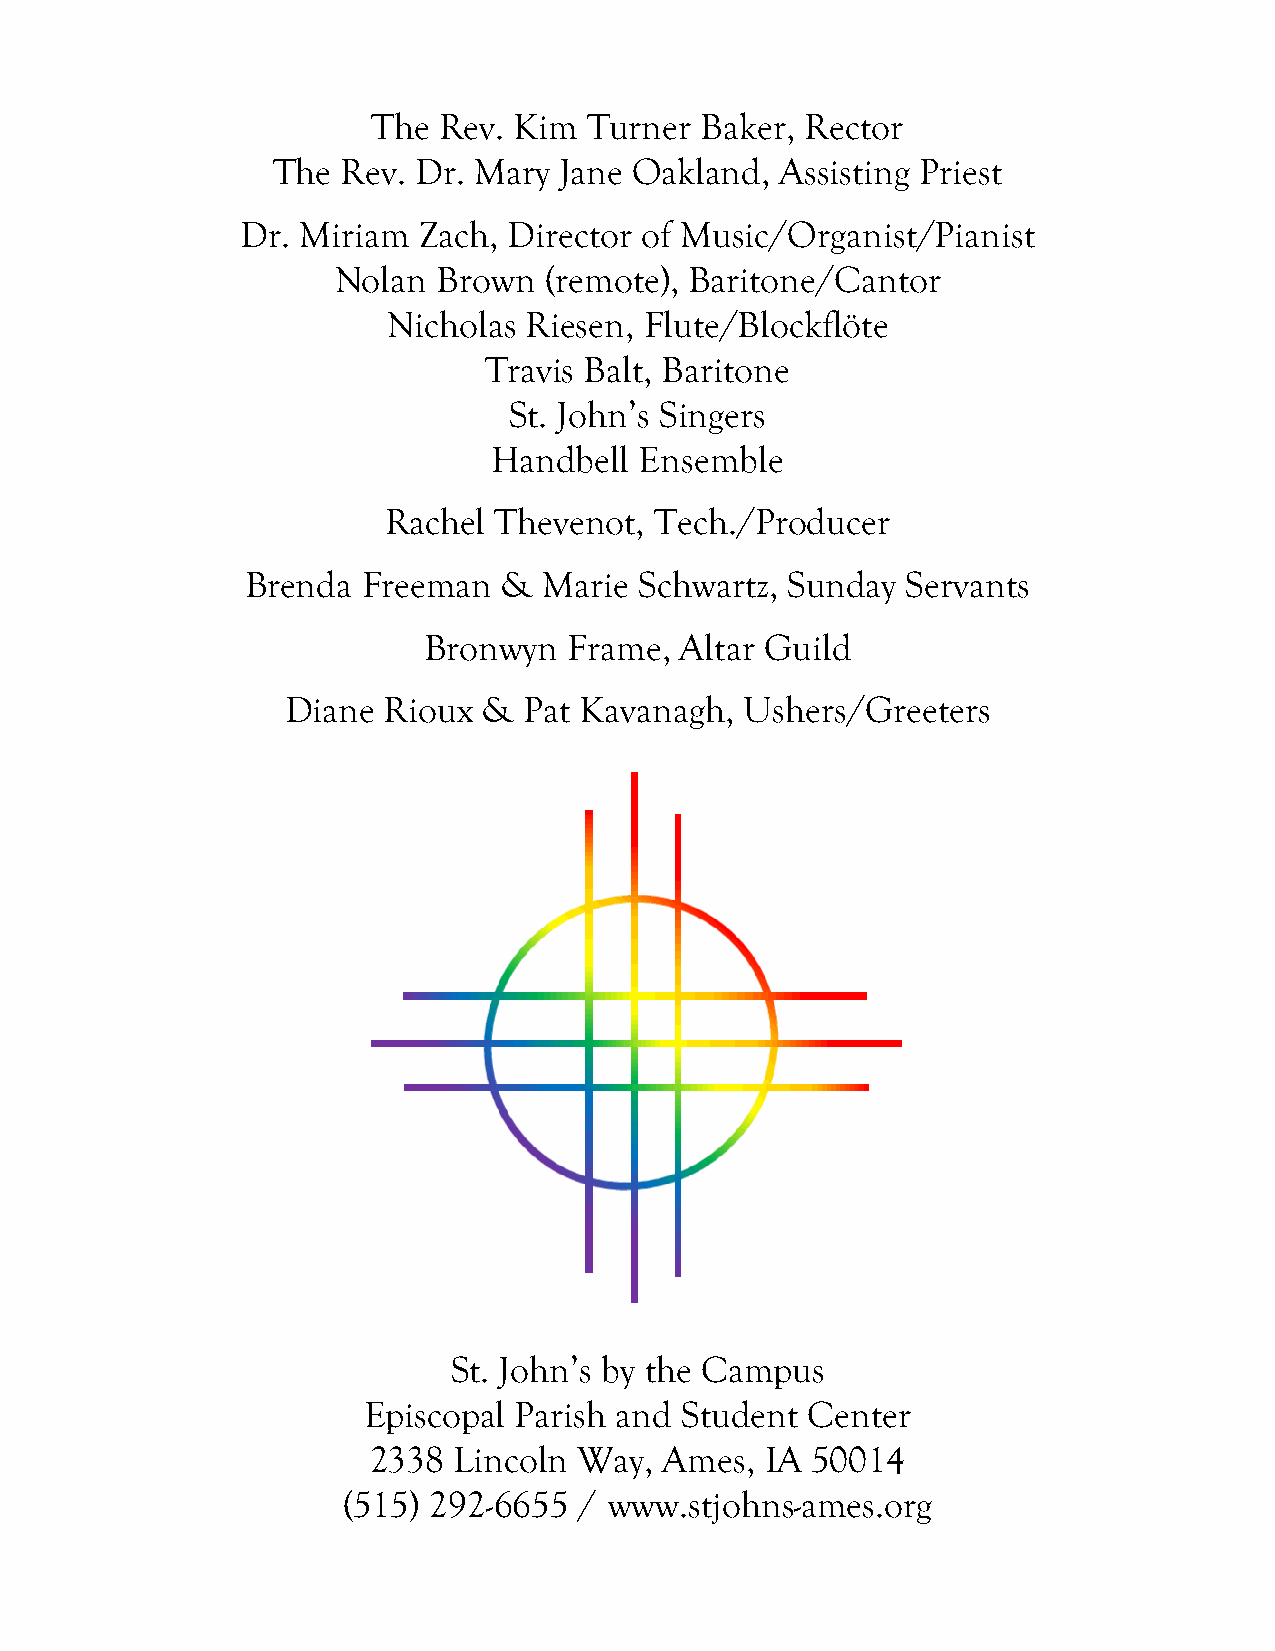
The Rev. Kim  Turner Baker, Rector
 The  Rev. Dr. Mary Jane Oakland,  Assisting Priest
 Dr. Miriam  Zach, Director of Music/Organist/Pianist
 Nolan  Brown  (remote), Baritone/Cantor
 Nicholas Riesen, Flute/Blockflöte
 Travis Balt, Baritone
 St. John’s Singers
 Handbell Ensemble
 Rachel  Thevenot, Tech./Producer
 Brenda  Freeman  &  Marie Schwartz, Sunday  Servants
 Bronwyn   Frame, Altar Guild
 Diane Rioux  &  Pat Kavanagh, Ushers/Greeters
 St. John’s by the Campus
 Episcopal Parish and Student  Center
 2338  Lincoln Way,  Ames,  IA 50014
 (515) 292-6655 / www.stjohns-ames.org